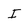
Character: I